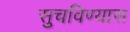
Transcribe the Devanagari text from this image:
सुचविण्यास